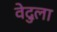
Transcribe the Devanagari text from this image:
वेदुला